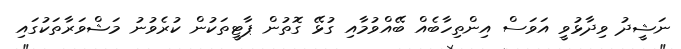
ނަޝީދު ވިދާޅުވީ އަވަސް އިންތިހާބެއް ބޭއްވުމާއި ގުޅޭ ގޮތުން ޕާޓީތަކުން ކުރެވުނު މަޝްވަރާތަކުގައި